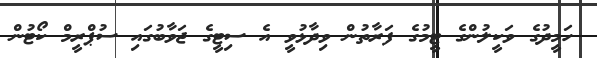
ހަމީދުގެ ވަކީލުންގެ ޓީމުގެ ފަރާތުން ވިދާޅުވީ އެ ސިޓީގެ ޖަވާބުގައި ސުޕްރީމް ކޯޓުން